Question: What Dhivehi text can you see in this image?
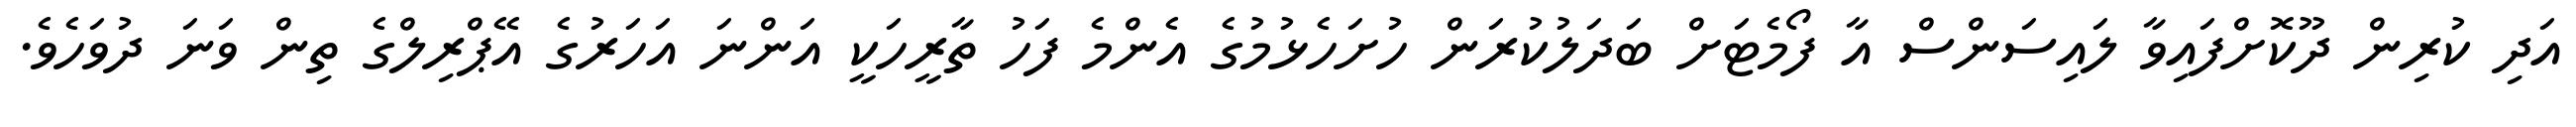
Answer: އަދި ކުރިން ދޫކޮށްފައިވާ ލައިސަންސް އާ ފޯމެޓަށް ބަދަލުކުރަން ހުށަހެޅުމުގެ އެންމެ ފަހު ތާރީހަކީ އަންނަ އަހަރުގެ އޭޕްރިލްގެ ތިން ވަނަ ދުވަހެވެ.